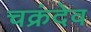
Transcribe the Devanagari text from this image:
चक्रंदेव